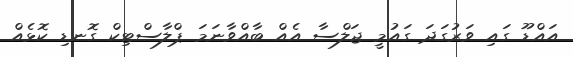
އައްޑޫ ގައި ވަރުގަދަ ގައުމީ ޖަލްސާ އެއް ބާއްވާނަމަ ޕްލާސްޓިކް ގޮނޑި ކޮޅެއް